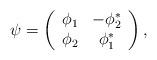
LaTeX: \begin{align*}\psi = \left( \begin{array}{cc} \phi_1 & -\phi_2^* \\ \phi_2 & \phi_1^* \end{array} \right) ,\end{align*}